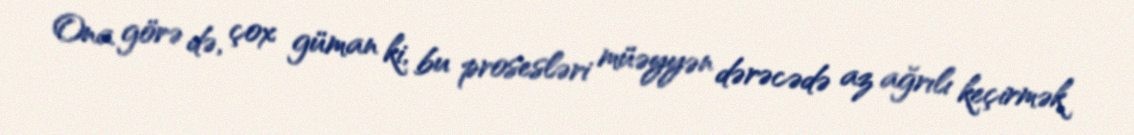
Ona görə də, çox güman ki, bu prosesləri müəyyən dərəcədə az ağrılı keçirmək